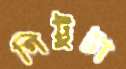
গিট্টুটা